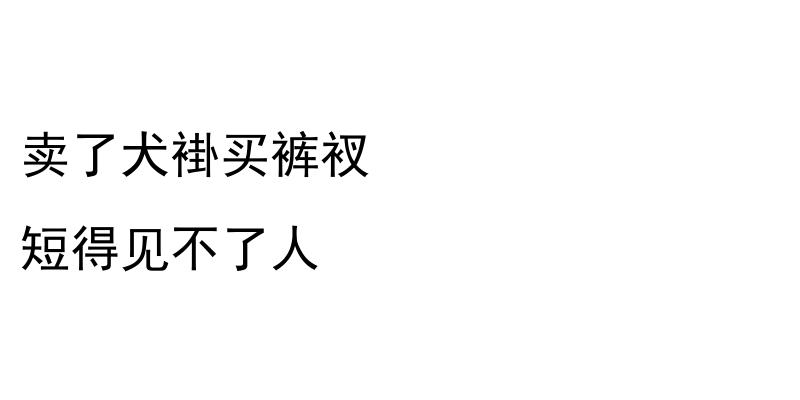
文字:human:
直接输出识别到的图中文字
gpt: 卖了犬褂买裤衩 短得见不了人